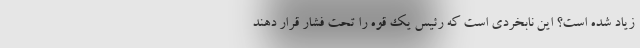
زیاد شده است؟ این نابخردی است که رئیس یک قوه را تحت فشار قرار ‌دهند